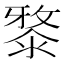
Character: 𣻊